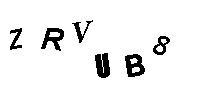
ZRVUB8